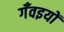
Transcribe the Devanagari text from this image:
गँवइयों